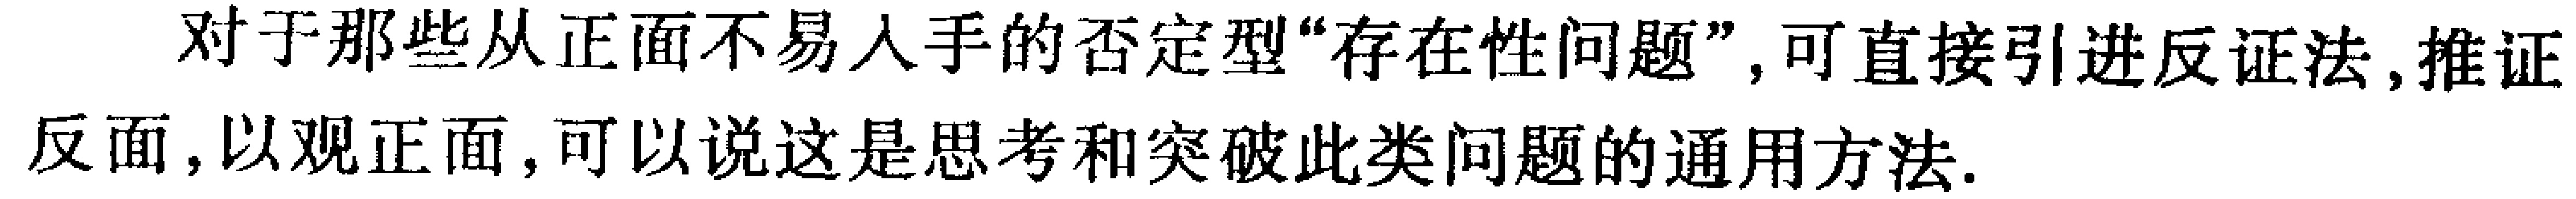
对于那些从正面不易入手的否定型“存在性问题”, 可直接引进反证法, 推证反面, 以观正面, 可以说这是思考和突破此类问题的通用方法.